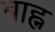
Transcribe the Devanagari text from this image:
बाह्न